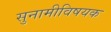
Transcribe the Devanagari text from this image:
सुनामीविषयक